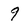
Character: 9